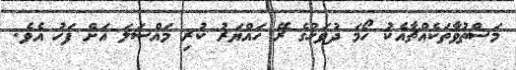
މަސްތުވާތަކެއްޗާއެކު ހޯމަ ދުވަހުގެ ރޭ ހައްޔަރު ކުރި މައްސަލަ އަށް ފަހު އެވެ.